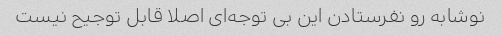
نوشابه رو‌ نفرستادن این بی توجه‌ای اصلا قابل توجیح نیست